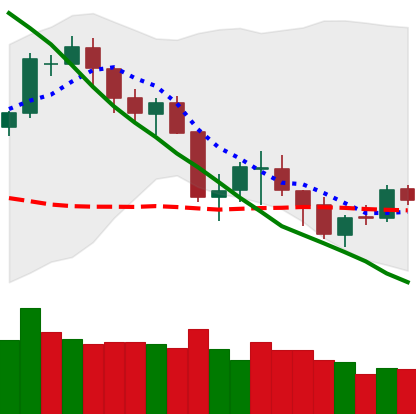
Ticker: BTC-USD
Chart end date: 2018-05-21
Forward return: -12.627%
Label: down_7plus